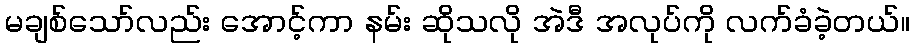
မချစ်သော်လည်း အောင့်ကာ နမ်း ဆိုသလို အဲဒီ အလုပ်ကို လက်ခံခဲ့တယ်။